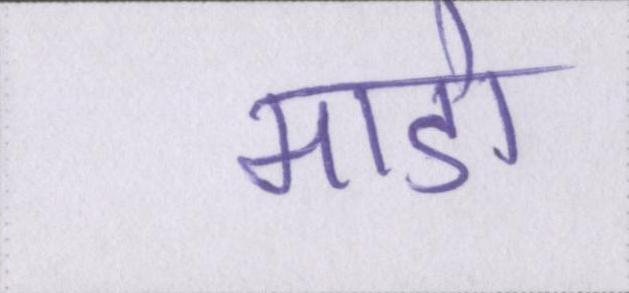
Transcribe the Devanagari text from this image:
माडो